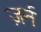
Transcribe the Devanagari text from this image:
ज़र्न